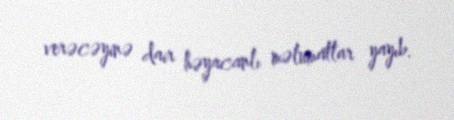
verəcəyinə dair həyacanlı məlumatlar yayıb.